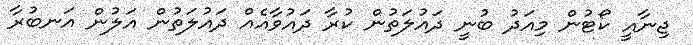
ޖިނާއީ ކޯޓުން މިއަދު ބުނީ ދައުލަތުން ކުރާ ދައުވާއެއް ދައުލަތުން އަލުން އަނބުރާ